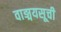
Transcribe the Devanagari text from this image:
वाङ्मयसूची